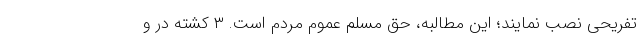
تفریحی نصب نمایند؛ این مطالبه، حق مسلم عموم مردم است. ۳ کشته در و